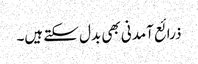
ذرائع آمدنی بھی بدل سکتے ہیں۔